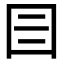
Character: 𡆨